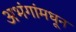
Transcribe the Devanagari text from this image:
अभंगांमधून